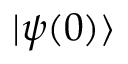
| \psi ( 0 ) \rangle